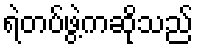
ရဲတပ်ဖွဲ့ကဆိုသည်